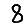
Digit: 8